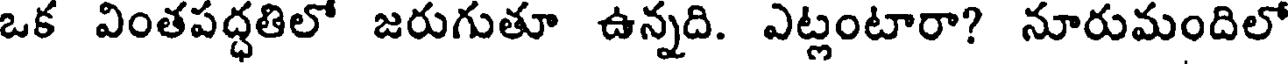
ఒక వింతపద్ధతిలో జరుగుతూ ఉన్నది. ఎట్లంటారా? నూరుమందిలో